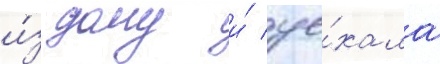
и́з дому и́ уе́хала